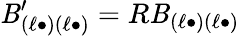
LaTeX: \mathit{B}_{(\ell\bullet)(\ell\bullet)}^{\prime}=R\mathit{B}_{(\ell\bullet)(\ell\bullet)}